Civil Veterinary Dept. North-West Frontier Province 1901-22 - 1901-1922
Year: 1901
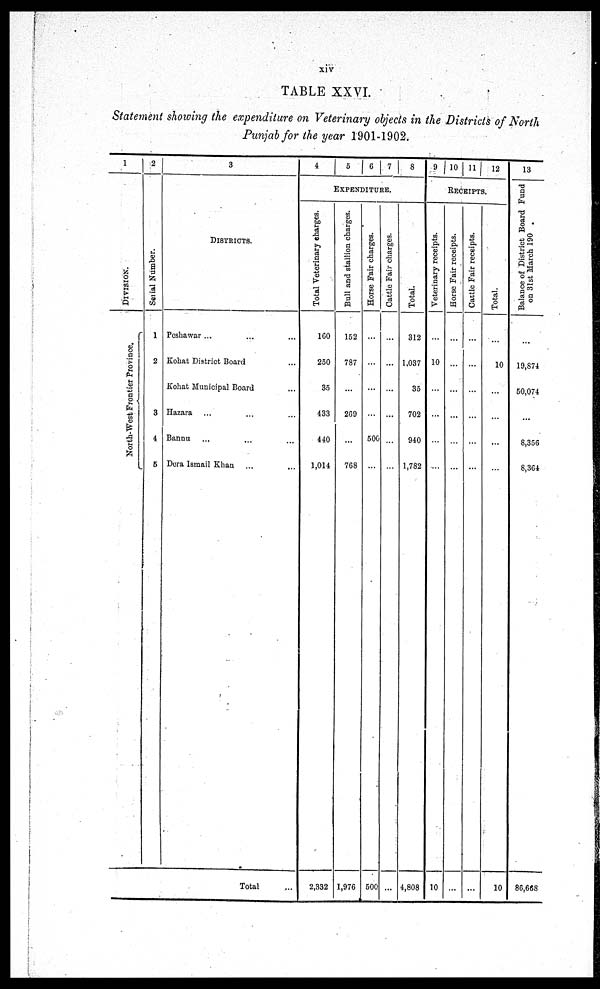
xiv
TABLE XXVI.
Statement showing the expenditure on Veterinary objects in the Districts of North
Punjab for the year 1901-1902.
1
DI VI SI ON.
North-West Fr ont i
er Pr ovi nce.
2
Ser i al Number.
1
2
3
4
5
3
DISTRICT.
Peshawar ... ... ...
Kohat District Board ...
Kohat Municipal Board ...
Hazara ... ... ...
Bannu ... ... ...
Dera Ismail Khan ... ...
Total ...
4
5
6
7
8
EXPENDITURE.
Total Veterinary charges.
160
250
35
433
440
1,014
2,332
Bull and stallion charges.
152
787
...
269
...
768
1,976
Horse Fair charges.
...
...
...
...
500
...
500
Cattle Fair charges.
...
...
...
...
...
...
...
Total.
312
1,037
35
702
940
1,782
4,808
9 10 11 12
RECEIPTS.
Veterinary receipts.
...
10
...
...
...
...
10
Horse Fair receipts.
...
...
...
...
...
...
...
Cattle Fair receipts.
...
...
...
...
...
...
...
Total.
...
10
...
...
...
...
10
13
Balance of District Board Fund
on 31st March 190
...
19,874
50,074
...
8,356
8,364
86,668